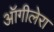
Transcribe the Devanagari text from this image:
ऑगीलेरा